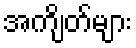
အကျိတ်များ